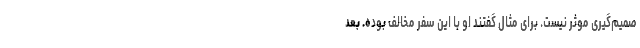
صمیم‌گیری موثر نیست. برای مثال گفتند او با این سفر مخالف بوده. بعد